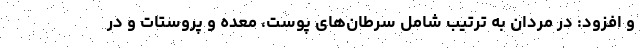
و افزود: در مردان به ترتیب شامل سرطان‌های پوست، معده و پروستات و در